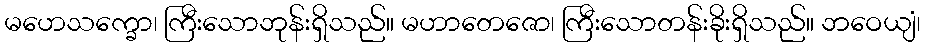
မဟေသက္ခော၊ ကြီးသောဘုန်းရှိသည်။ မဟာတေဇော၊ ကြီးသောတန်းခိုးရှိသည်။ ဘဝေယျံ၊